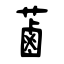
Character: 蓾